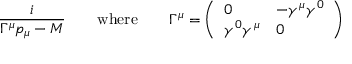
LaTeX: \frac { i } { \Gamma ^ { \mu } p _ { \mu } - M } \qquad \mathrm { w h e r e } \qquad \Gamma ^ { \mu } = \left( \begin{array} { l l } { { 0 } } & { { - \gamma ^ { \mu } \gamma ^ { 0 } } } \\ { { \gamma ^ { 0 } \gamma ^ { \mu } } } & { { 0 } } \end{array} \right)